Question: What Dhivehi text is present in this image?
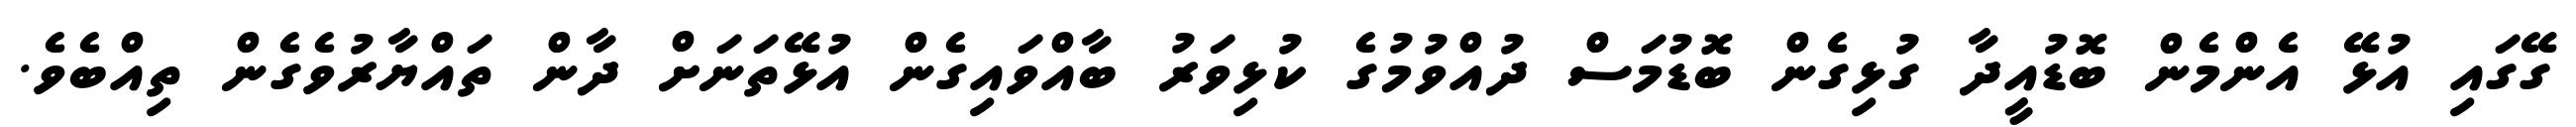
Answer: ގޭގައި އުޅޭ އެންމެން ބޮޑުއީދާ ގުޅިގެން ބޮޑުމަސް ދުއްވުމުގެ ކުޅިވަރު ބާއްވައިގެން އުޅޭތަނަށް ދާން ތައްޔާރުވެގެން ތިއްބެވެ.